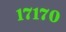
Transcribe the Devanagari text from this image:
१७१७०